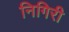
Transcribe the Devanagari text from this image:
निगिरी